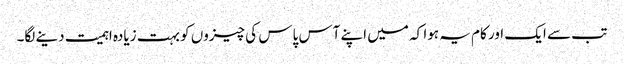
تب سے ایک اور کام یہ ہوا کہ میں اپنے آس پاس کی چیزوں کو بہت زیادہ اہمیت دینے لگا۔